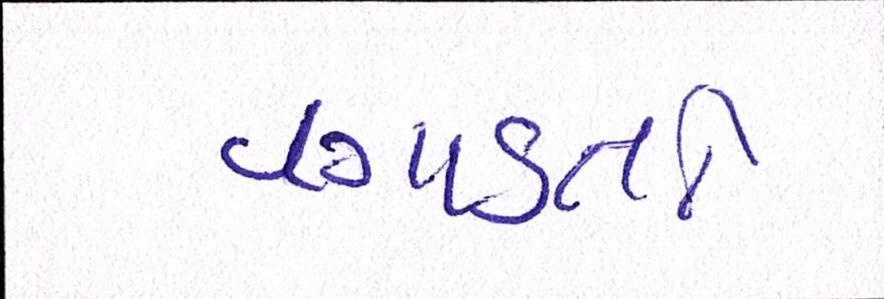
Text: વગાડતો